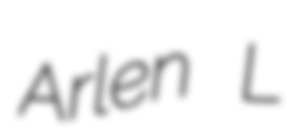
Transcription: Arlen L